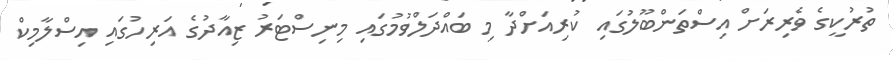
ތުރުކީގެ ވެރިރަށް އިސްތަންބޫލުގައި ކުރިއަށްދާ މި ބައްދަލްވުމުގައި މިނިސްޓަރު ޒިއާދުގެ އަރިހުގައި އިސްލާމިކް